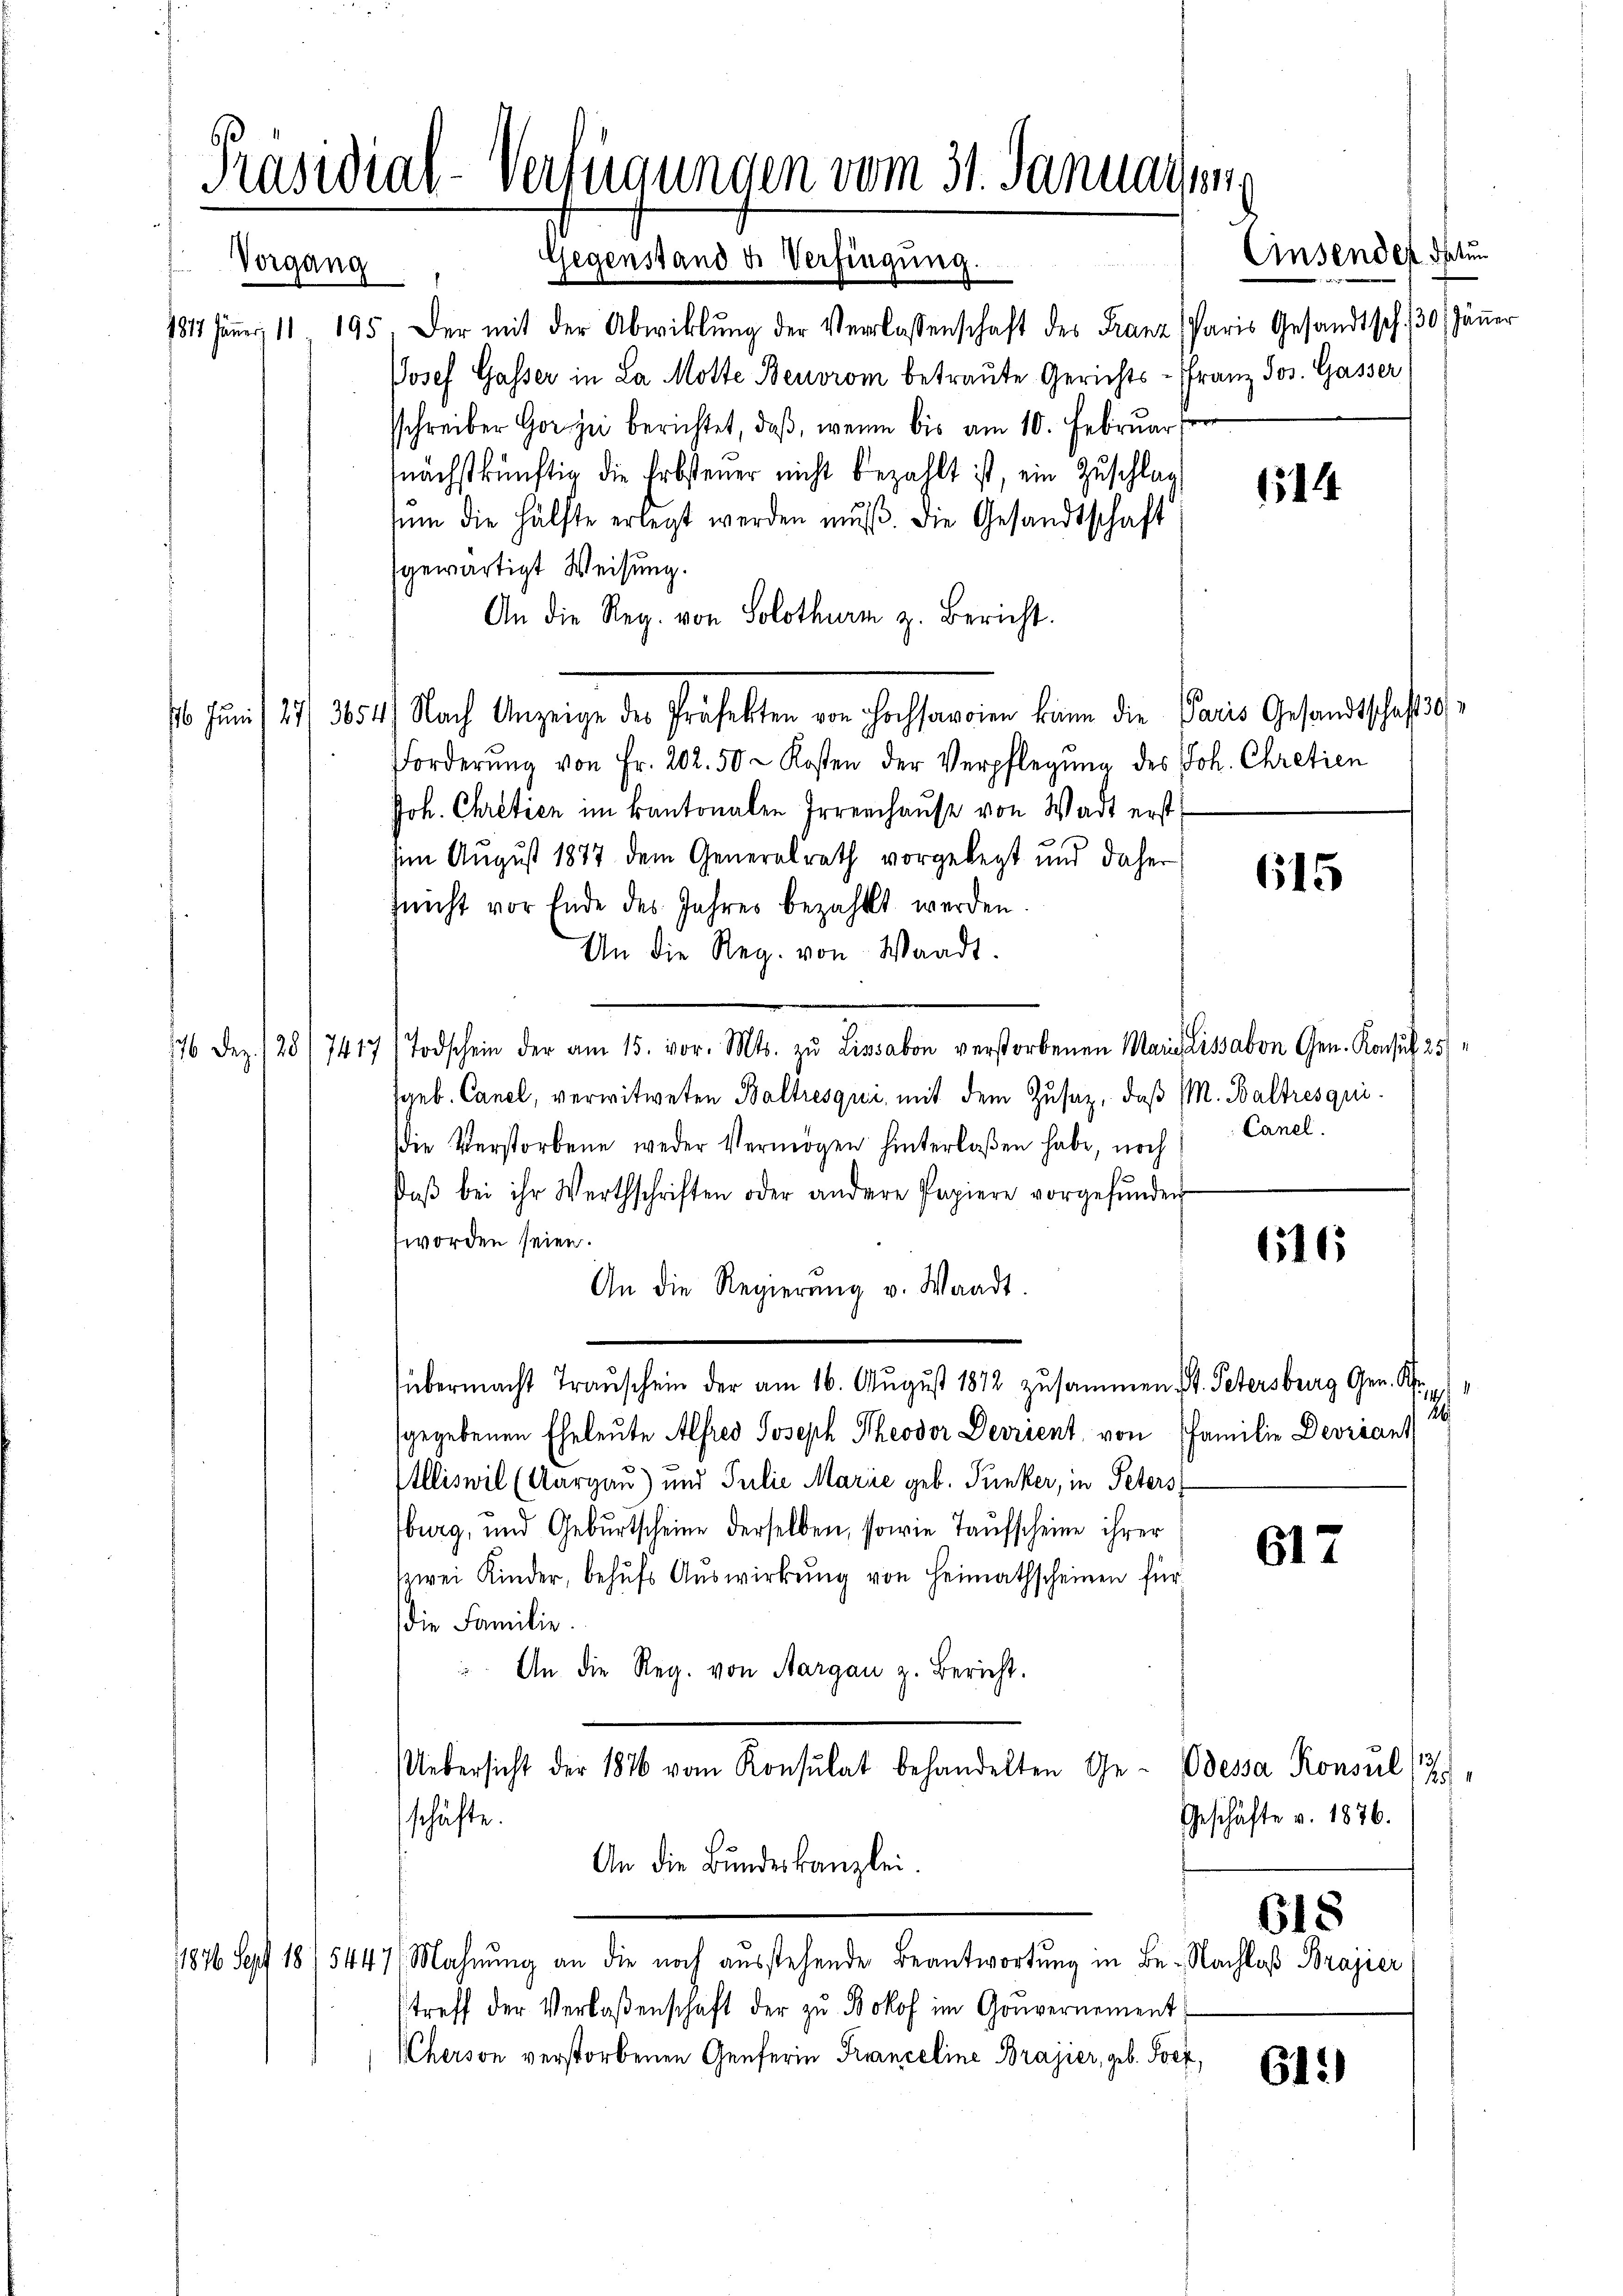
Präsidial-Verfügungen vom 31. Januar ung
Gegenstand u. Verfingung.
Vorgang

Ansendes datum

1817. Jäṅer 11. 195 der mit der Abwiklŭng der Verlassenschaft des Franz Paris Gesandtsch 30 Jäṅer
Josef Gasser in La Motte Beuvrom betraute Gerichts- Franz Jos. Gasser
sschreiber Gor zu berichtet, daß, wenn bis am 10. Februar
nächstkünftig die Erbsteuer nicht bezahlt ist, ein Zuschlag
ŭm die Hälfte erlegt werden muss. Die Gesandtschaft
gewärtigt Weisung.
An die Reg. von Solothurm z. Bericht.
16. Juni 191. 154) Nach Anzeige der Präfekten von Hochsammen kam die Paris Gesandtschafts¬
Forderŭng von Fr. 202. 50 - Kosten der Verpflegung des Joh. Chretien
Joh. Chretien im kantonalen Irrenhause von Wadt erst
im August 1877 dem Generalrath vorgelegt und daher
hnicht vor Ende des Jahres bezahlt werden.
An die Reg. von Waadt.
Todschein der am 15. vor. Mts. zŭ Lissabon verstorbenen Marielissabon Gen. Konsul 25
16 Dez. 128
7417
geb. Canal, verwitweten Baltresqui, mit dem Zusaz, daß M. Baltresqui
Canel.
die Verstorbene weder Vermögen hinterlaßen habe, noch
daβ bei ihr Werthschriften oder andere Papiere vorgefŭnden
worden seien.
An die Regierŭng v. Waadt
übermacht Transchein der am 16. August 1872 zusammen St. Petersburg Gen. Kr.,
26
sgegebenen Eheleute Alfred Joseph Theodor Devrient, von Familie Devriant
Illiswil (Aargau) und Julie Marie geb. Punker, in Peters
burg, und Geburtscheine derselben, sowie Taufscheine ihrer
617
zwei Kinder, behŭfs Auswirkung von Heimathscheinen für
die Familie.
 An die Reg. von Aargau z. Bericht.
Uebersicht der 1876 vom Konsulat behandelten Ge- Odessa Konsul (7
Geschäfte v. 1876.
schäfte.
An die Bundeskanzlei.
618
1876 Sept 1875447/ Mahnung an die noch ausstehende Beantwortung in Be- Nachloß Brajier
treff der Verlaßenschaft der zu Bokof im Gouvernement
Cherson verstorbenen Genferin Franceline Brajier, geb. Socz,
611)

1514

615

616